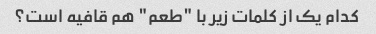
کدام یک از کلمات زیر با "طعم" هم قافیه است؟